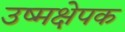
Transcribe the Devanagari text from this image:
उष्मक्षेपक